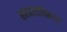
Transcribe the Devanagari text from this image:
सरदारांविरूध्द